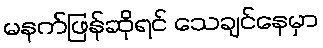
မနက်ဖြန်ဆိုရင် သေချင်နေမှာ